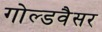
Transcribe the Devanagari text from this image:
गोल्डवैसर